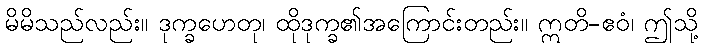
မိမိသည်လည်း။ ဒုက္ခဟေတု၊ ထိုဒုက္ခ၏အကြောင်းတည်း။ ဣတိ-ဧဝံ၊ ဤသို့